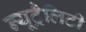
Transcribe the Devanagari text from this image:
न्यूट्रैलिटी